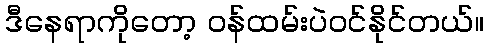
ဒီနေရာကိုတော့ ဝန်ထမ်းပဲဝင်နိုင်တယ်။